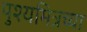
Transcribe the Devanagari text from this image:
पुश्यमित्रच्या